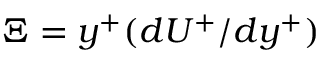
\Xi = y ^ { + } ( d U ^ { + } / d y ^ { + } )